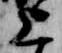
上